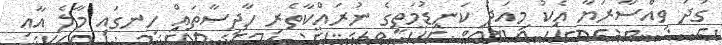
ގަދަ ވިއްސާރަޔާ އެކު މިއަދު ކަނޑުމަތީގެ ނުރައްކާތެރި ހާދިސާތައް ހިނގައި މާލެ އާއި